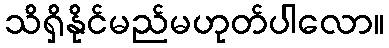
သိရှိနိုင်မည်မဟုတ်ပါလော။